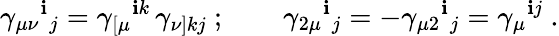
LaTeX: \gamma_{\mu\nu}{}^{\mathbf{i}}{}_{j}=\gamma_{[\mu}{}^{\mathbf{i}k}\, \gamma_{\nu]kj}\ ;\qquad\gamma_{2\mu}{}^{\mathbf{i}}{}_{j}=-\gamma_{\mu2}{}^{\mathbf{i}}{}_{j}=\gamma_{\mu}{}^{\mathbf{i}j}\ .